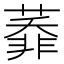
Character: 𦻅